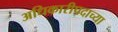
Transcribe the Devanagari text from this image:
अधिकारीपदाच्या